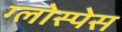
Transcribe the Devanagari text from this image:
ग्लोस्पेस